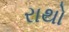
રાથો